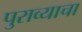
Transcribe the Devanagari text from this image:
पुराव्याचा